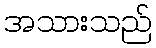
အသားသည်